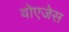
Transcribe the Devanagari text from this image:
वोएजेस